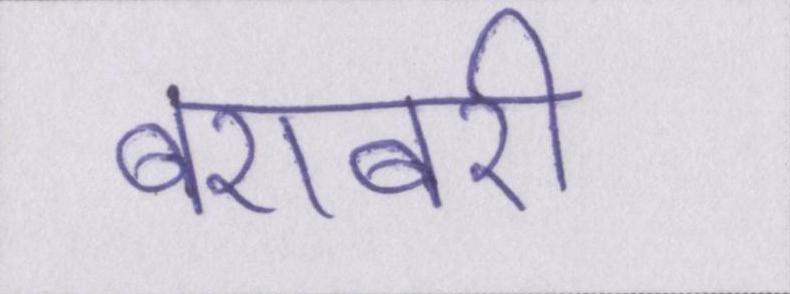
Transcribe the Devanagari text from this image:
बराबरी